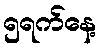
၅ရက်နေ့